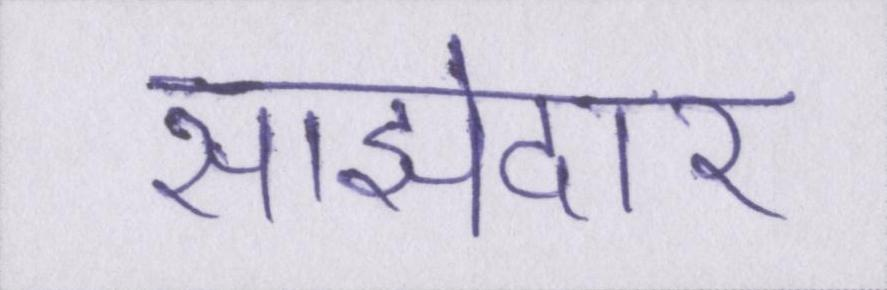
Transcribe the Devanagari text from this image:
साझेदार